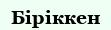
Біріккен